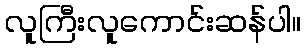
လူကြီးလူကောင်းဆန်ပါ။